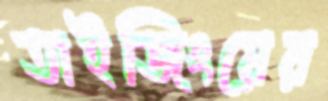
তাইজিংয়ের